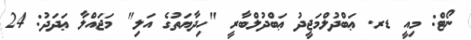
ނޯޓް: މިއީ ޑރ. ޢަބްދުލްމަޖީދު ޢަބްދުލްބާރީ "ހިދާޔަތުގެ އަލި" މަޖައްލާ ޢަދަދު: 24